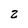
Character: 2